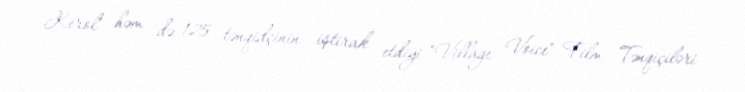
Kerol" həm də 125 tənqidçinin iştirak etdiyi "Village Voice" Film Tənqiçiləri